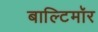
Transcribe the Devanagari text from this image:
बाल्टिमॉर